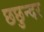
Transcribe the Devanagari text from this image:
छछुन्दर